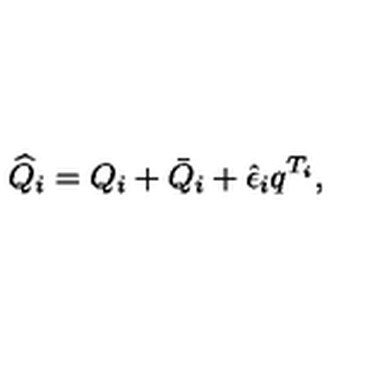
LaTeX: \widehat { Q } _ { i } = Q _ { i } + \bar { Q } _ { i } + \hat { \epsilon } _ { i } q ^ { T _ { i } } ,